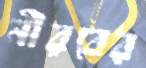
নীরবের